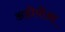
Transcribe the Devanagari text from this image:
अडीयीआ